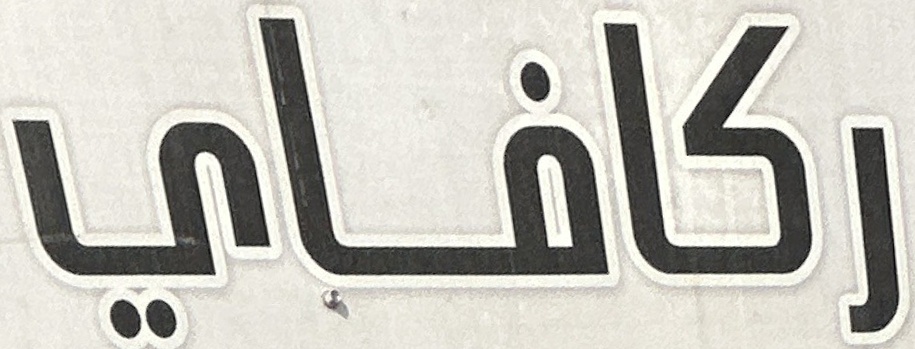
ركافاي